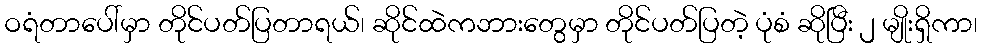
ဝရံတာပေါ်မှာ တိုင်ပတ်ပြတာရယ်၊ ဆိုင်ထဲကဘားတွေမှာ တိုင်ပတ်ပြတဲ့ ပုံစံ ဆိုပြီး ၂ မျိုးရှိကာ၊